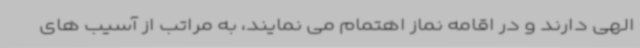
الهی دارند و در اقامه نماز اهتمام می نمایند، به مراتب از آسیب های